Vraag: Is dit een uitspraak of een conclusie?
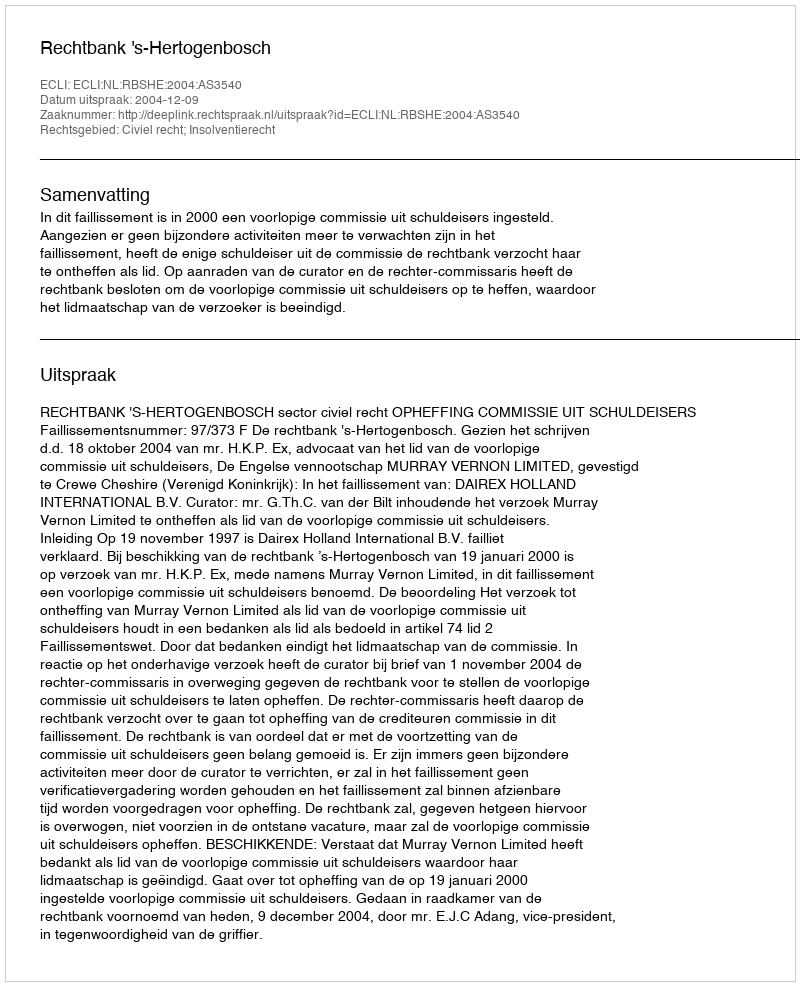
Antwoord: Uitspraak